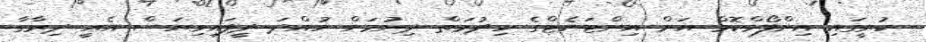
ކުރީގައި އިންފޯމްކޮމް އަށް އިންޓަނެޓްގެ ހިދުމަތް ދިނުމަށް ހުއްދަ ދީފައިވިޔަސް އެއީ ދިރާގާ